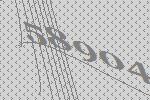
58904